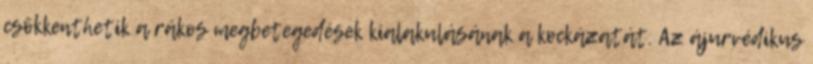
csökkenthetik a rákos megbetegedések kialakulásának a kockázatát. Az ájurvédikus